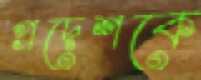
প্রদেশকে